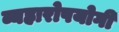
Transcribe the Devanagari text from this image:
व्यहारोपयोगी